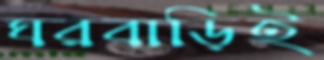
ঘরবাড়িই